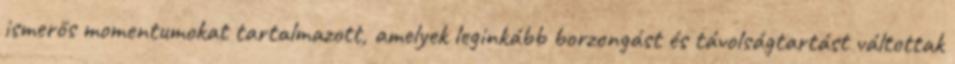
ismerős momentumokat tartalmazott, amelyek leginkább borzongást és távolságtartást váltottak